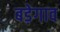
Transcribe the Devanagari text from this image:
बड़ेगाव